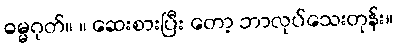
ဓမ္မဂုတ်။ ။ ဆေးစားပြီး တော့ ဘာလုပ်သေးတုန်း။